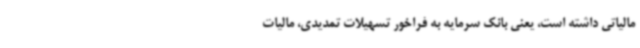
مالیاتی داشته است، یعنی بانک سرمایه به فراخور تسهیلات تمدیدی، مالیات